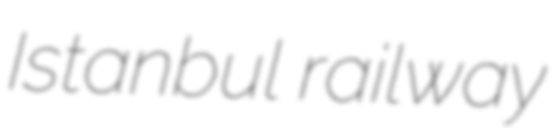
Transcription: Istanbul railway